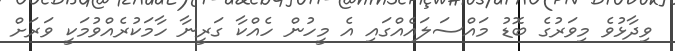
ވިދާޅުވެ މިވަރުގެ ބޮޑު މައްސަލައެއްގައި އެ މީހުން ހެއްކާ ގަރީނާ ހާމަކުރެއްވުމަކީ ވަރަށް